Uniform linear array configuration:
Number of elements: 4
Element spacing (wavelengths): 0.75
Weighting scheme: hamming
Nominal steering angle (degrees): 0
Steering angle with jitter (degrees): -1.08
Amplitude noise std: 0.05
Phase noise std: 0.05

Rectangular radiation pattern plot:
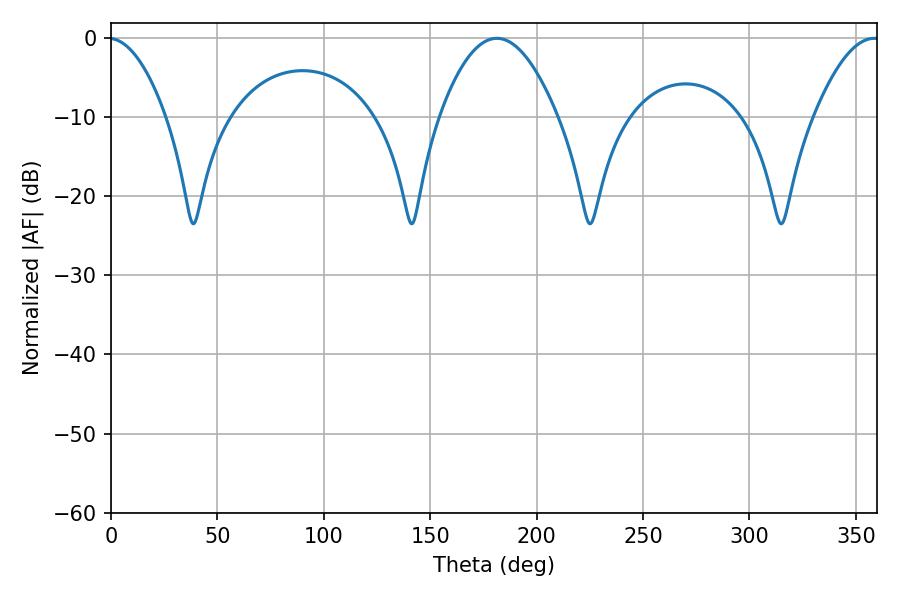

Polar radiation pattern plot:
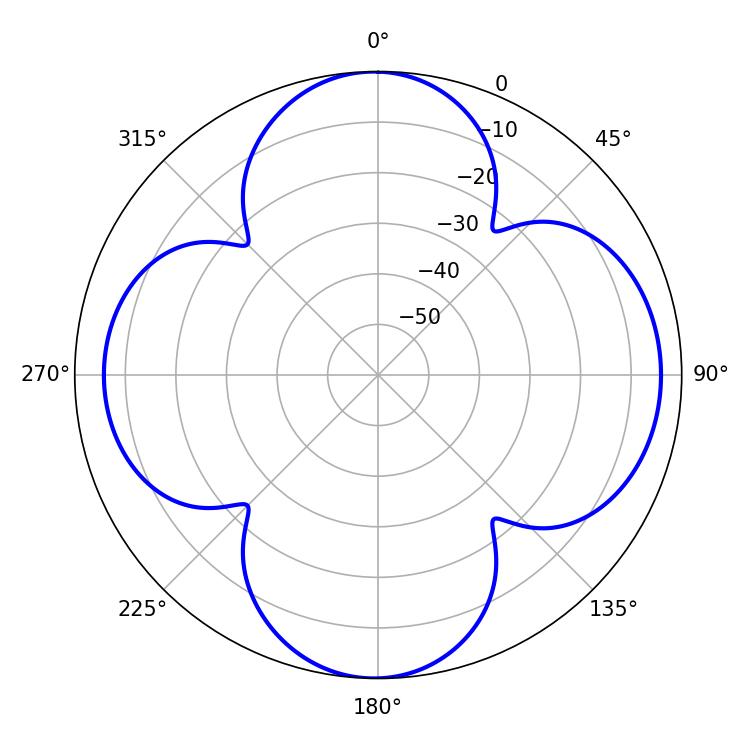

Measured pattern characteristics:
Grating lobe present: TRUE
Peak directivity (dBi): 13.264
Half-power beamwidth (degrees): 30.42
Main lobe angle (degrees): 181.26